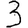
Digit: 3